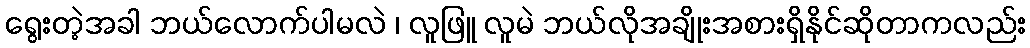
ရွေးတဲ့အခါ ဘယ်လောက်ပါမလဲ ၊ လူဖြူ လူမဲ ဘယ်လိုအချိုးအစားရှိနိုင်ဆိုတာကလည်း